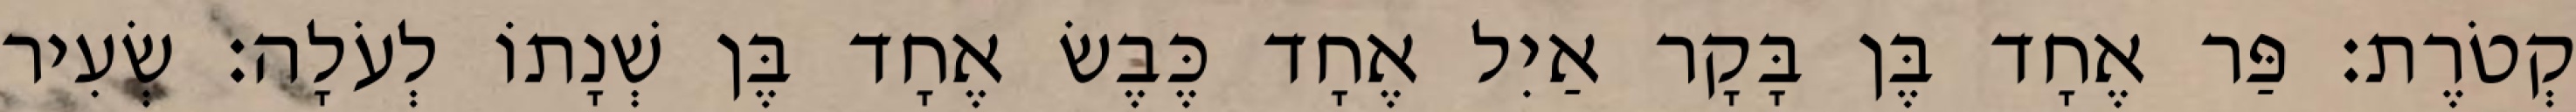
קְטֹרֶת׃ פַּר אֶחָד בֶּן בָּקָר אַיִל אֶחָד כֶּבֶשׂ אֶחָד בֶּן שְׁנָתוֹ לְעֹלָה׃ שְׂעִיר